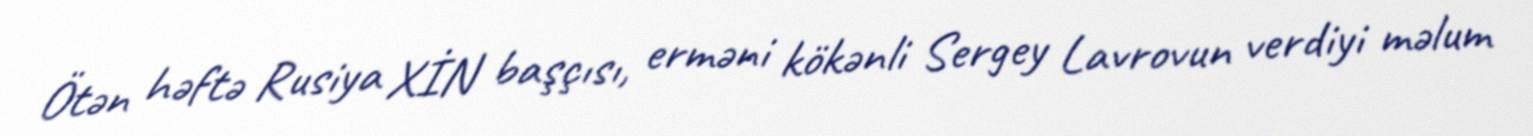
Ötən həftə Rusiya XİN başçısı, erməni kökənli Sergey Lavrovun verdiyi məlum